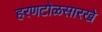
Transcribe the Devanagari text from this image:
हरणटोळसारखे